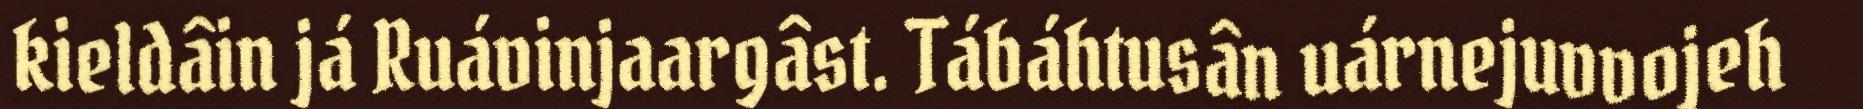
kieldâin já Ruávinjaargâst. Tábáhtusân uárnejuvvojeh